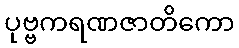
ပုဗ္ဗကရဏဇာတိကော